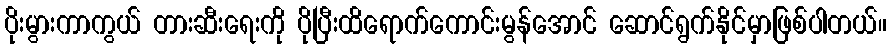
ပိုးမွားကာကွယ် တားဆီးရေးကို ပိုပြီးထိရောက်ကောင်းမွန်အောင် ဆောင်ရွက်နိုင်မှာဖြစ်ပါတယ်။